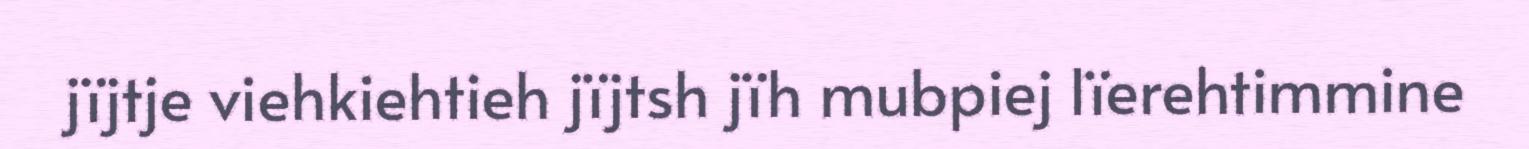
jïjtje viehkiehtieh jïjtsh jïh mubpiej lïerehtimmine